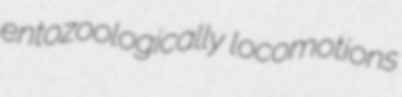
entozoologically locomotions